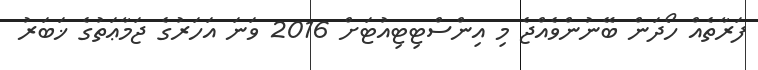
ފަރާތެއް ހޯދަން ބޭނުންވެއްޖެ މި އިންސްޓިޓިއުޓަށް 2016 ވަނަ އަހަރުގެ ޖަމާޢަތުގެ ޚަބަރު